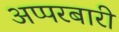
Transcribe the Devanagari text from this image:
अप्परबारी